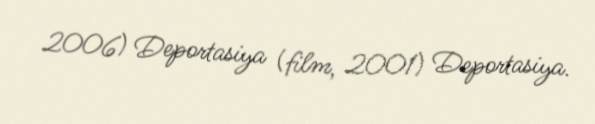
2006) Deportasiya (film, 2001) Deportasiya.